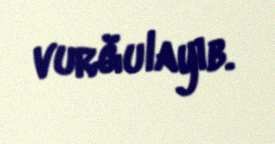
vurğulayıb.